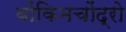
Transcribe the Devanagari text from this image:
बोंकिमचोंद्रो